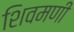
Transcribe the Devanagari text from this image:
शिवमणी